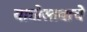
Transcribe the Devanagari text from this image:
यात्रोस्तवाचे